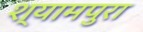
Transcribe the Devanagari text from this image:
श्यामपुरा